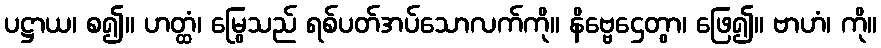
ပဋ္ဌာယ၊ စ၍။ ဟတ္ထံ၊ မြွေသည် ရစ်ပတ်အပ်သောလက်ကို။ နိဗ္ဗေဌေတွာ၊ ဖြေ၍။ ဗာဟံ၊ ကို။